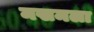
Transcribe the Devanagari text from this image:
मखमला